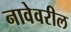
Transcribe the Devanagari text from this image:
नावेवरील